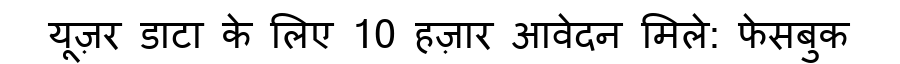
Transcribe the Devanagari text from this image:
यूज़र डाटा के लिए 10 हज़ार आवेदन मिले: फेसबुक